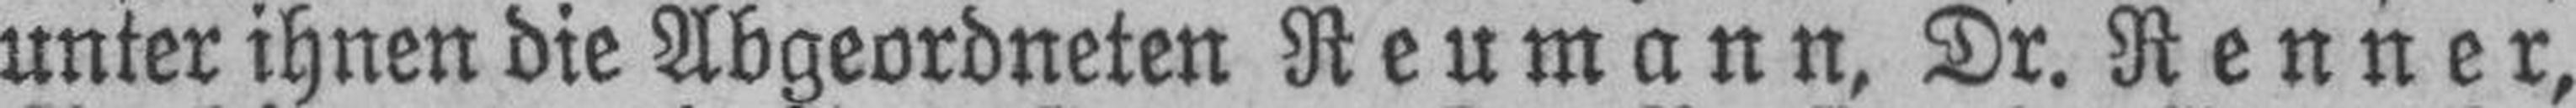
unter ihnen die Abgeordneten Reumann, Dr. Renner,